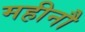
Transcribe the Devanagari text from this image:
महीनौ